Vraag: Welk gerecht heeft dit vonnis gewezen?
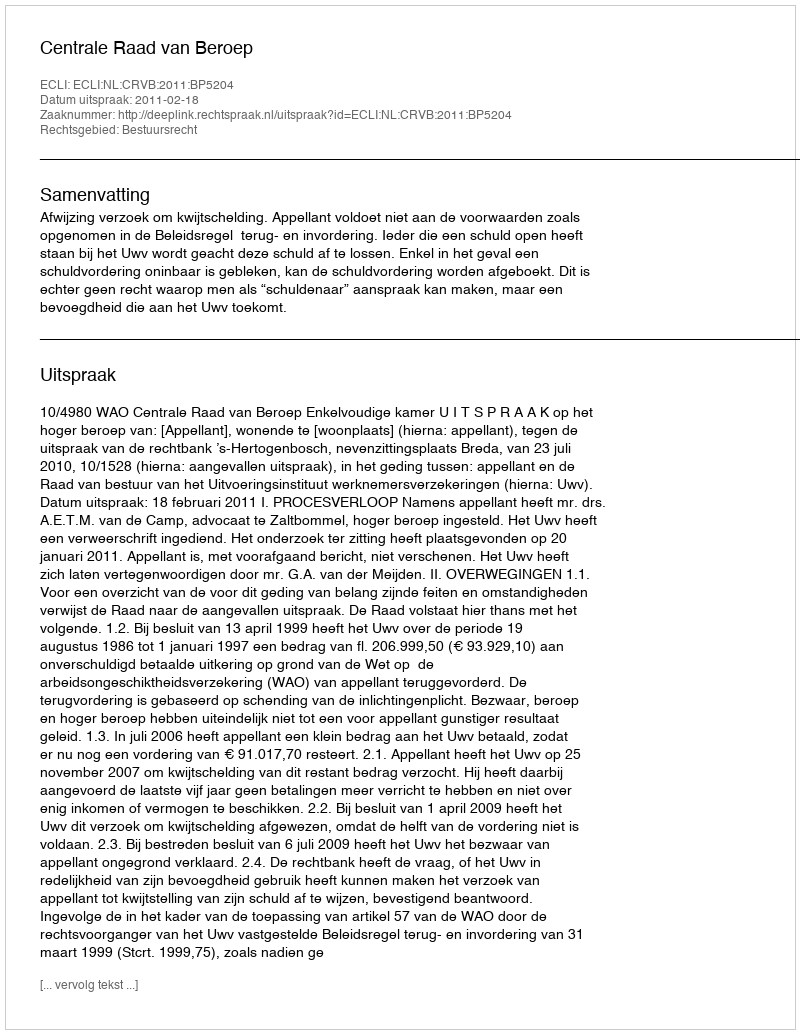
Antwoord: Centrale Raad van Beroep